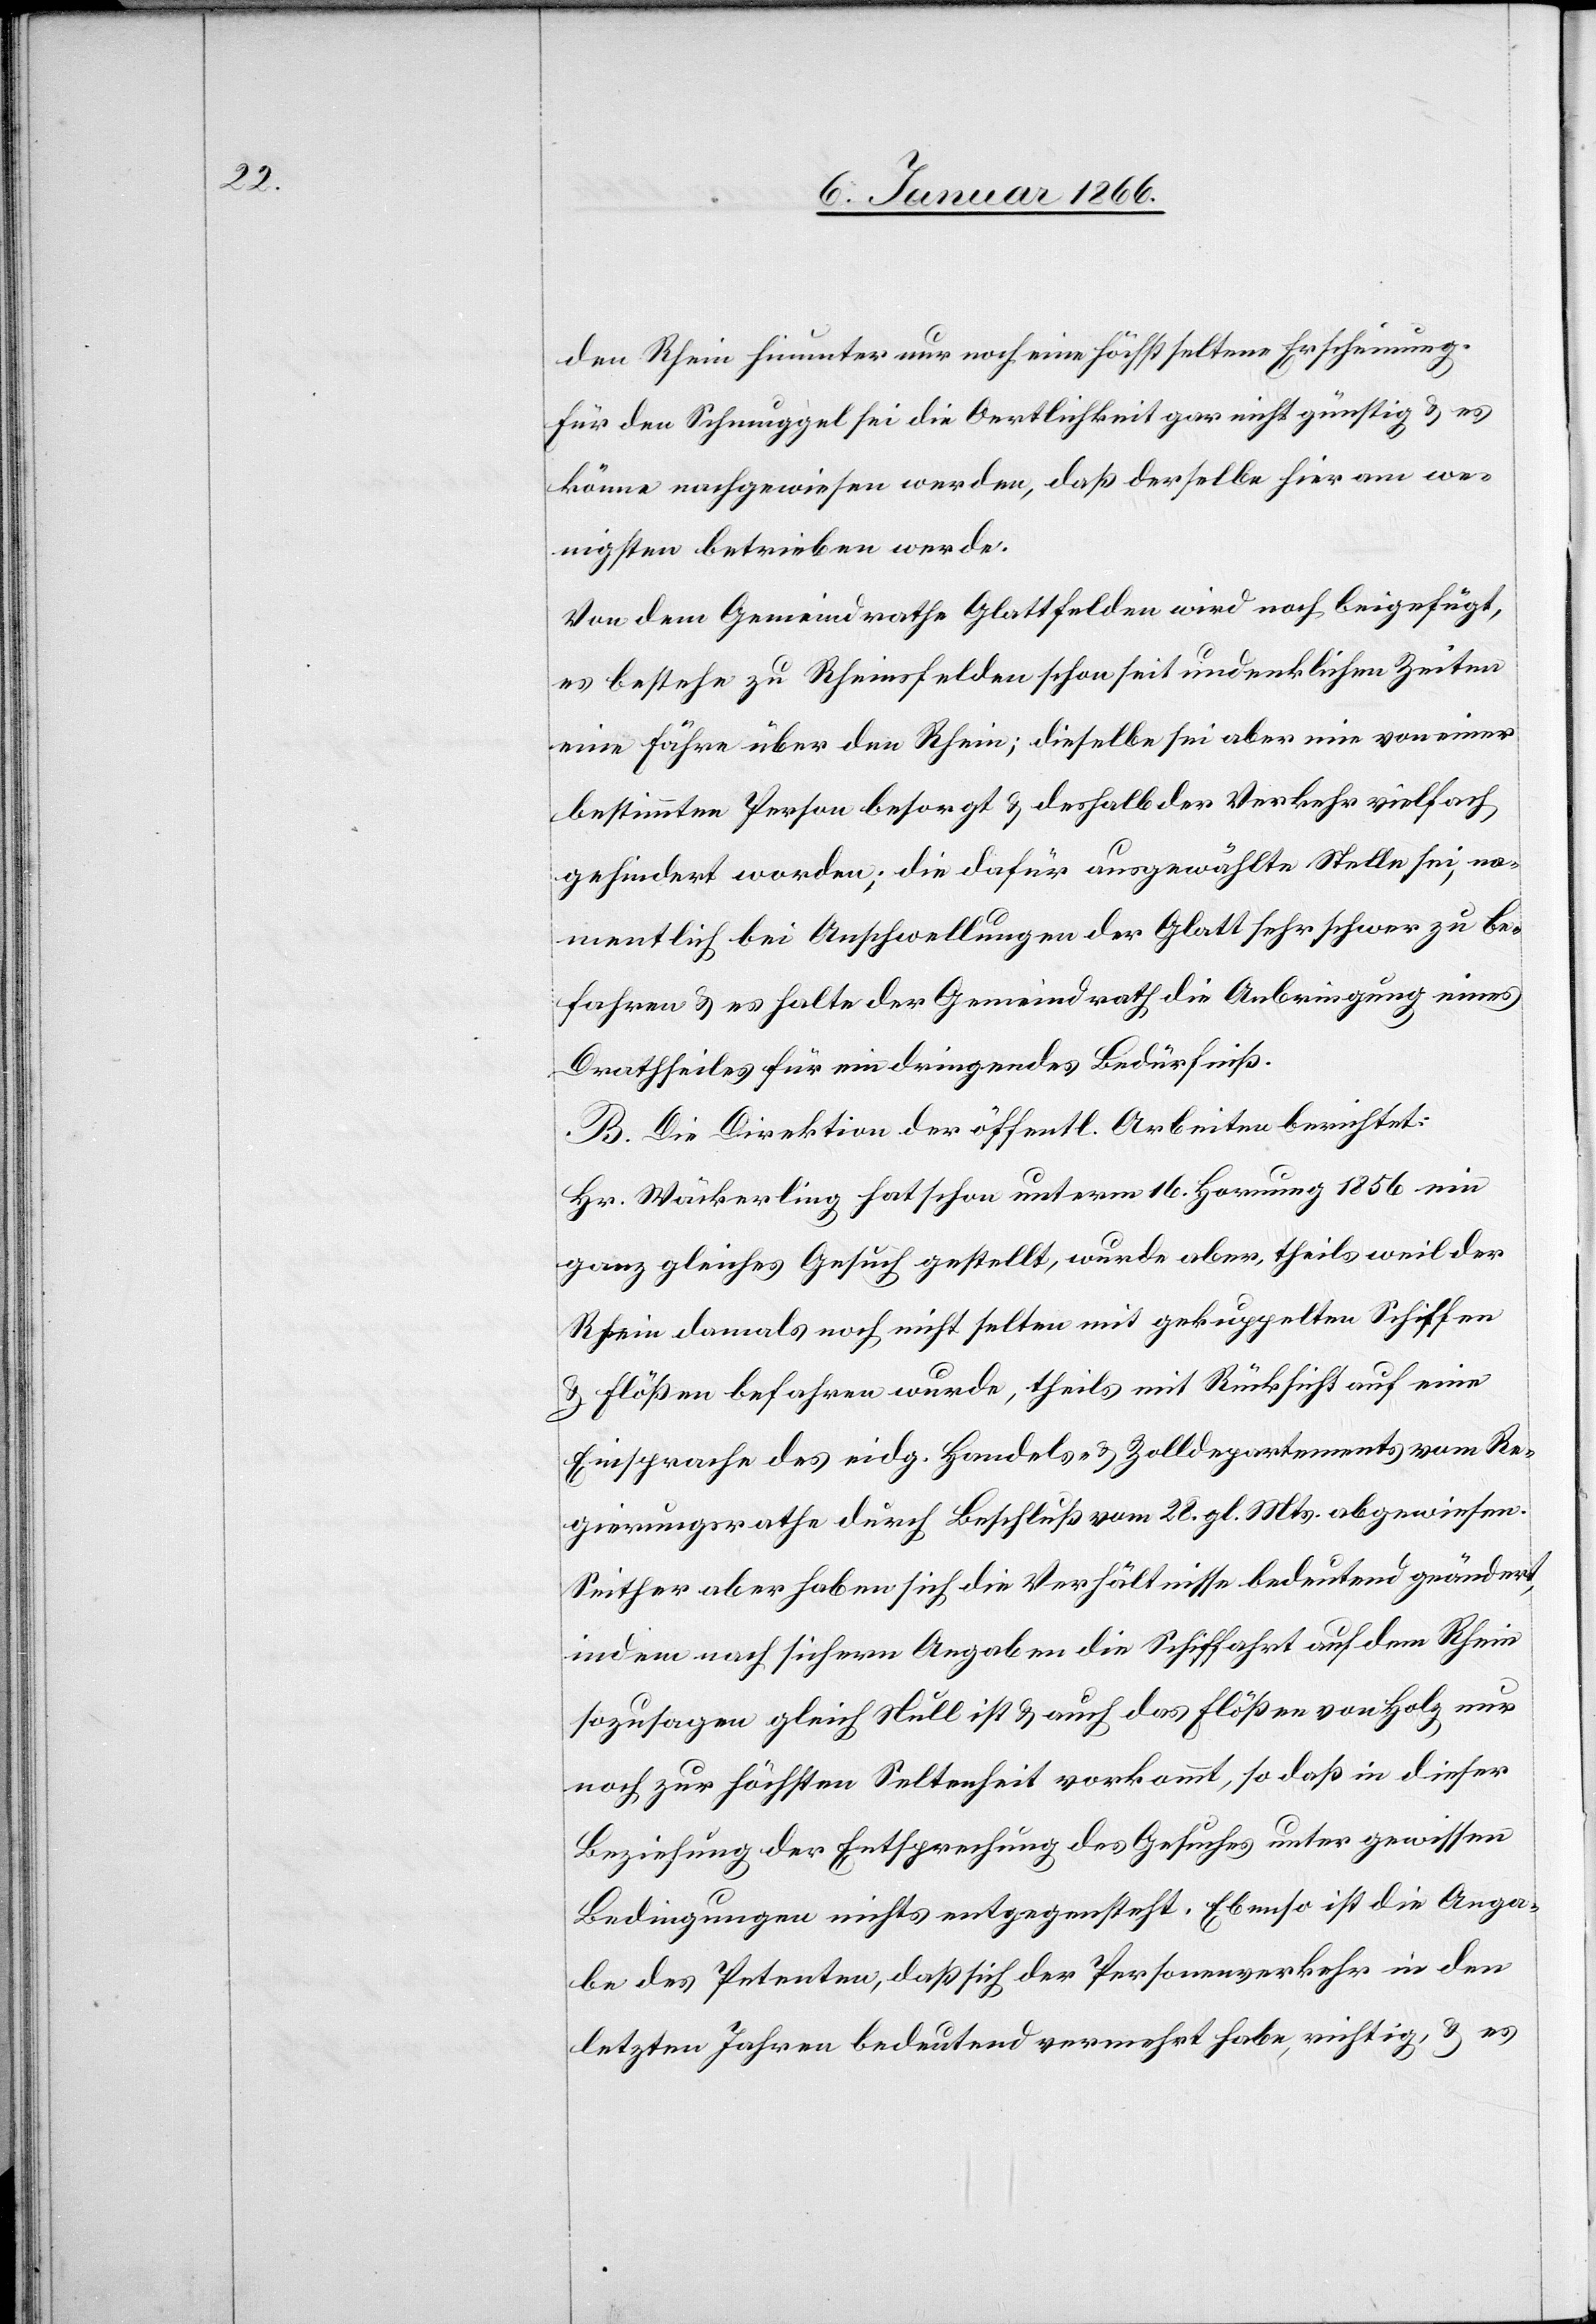
den Rhein hinunter nur noch eine höchst seltene Erscheinung.
Für den Schmuggel sei die Oertlichkeit gar nicht günstig u. es
könne nachgewiesen werden, daß derselbe hier am we¬
nigsten betrieben werde.
Von dem Gemeindrathe Glattfelden wird noch beigefügt,
es bestehe zu Rheinsfelden schon seit undenklichen Zeiten
eine Fähre über den Rhein; dieselbe sei aber nie von einer
bestimmten Person besorgt & deshalb der Verkehr vielfach
gehindert worden; die dafür ausgewählte Stelle sei, na¬
mentlich bei Anschwellungen der Glatt sehr schwer zu be¬
fahren u. es halte der Gemeindrath die Anbringung eines
Drathseiles für ein dringendes Bedürfniß.
B. Die Direktion der öffentl. Arbeiten berichtet:
Hr. Wäckerling hat schon unterm 16. Hornung 1856 ein
ganz gleiches Gesuch gestellt, wurde aber, theils weil der
Rhein damals noch nicht selten mit gekuppelten Schiffen
u. Flößen befahren wurde, theils mit Rücksicht auf eine
Einsprache des eidg. Handels- & Zolldepartements vom Re¬
gierungsrathe durch Beschluß vom 28. gl. Mts. abgewiesen.
Seither aber haben sich die Verhältnisse bedeutend geändert,
indem nach sichern Angaben die Schiffahrt auf dem Rhein
sozusagen gleich Null ist u. auch das Flößen von Holz nur
noch zur höchsten Seltenheit verkommt, so daß in dieser
Beziehung der Entsprechung des Gesuches unter gewissen
Bedingungen nichts entgegensteht. Ebenso ist die Anga¬
be des Petenten, daß sich der Personenverkehr in den
letzten Jahren bedeutend vermehrt habe, richtig, u. es